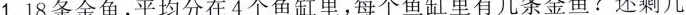
1.18条金鱼，平均分在4个鱼缸里，每个鱼缸里有几条金鱼？还剩几